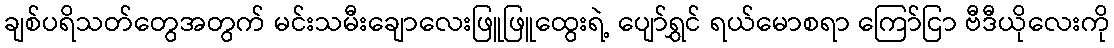
ချစ်ပရိသတ်တွေအတွက် မင်းသမီးချောလေးဖြူဖြူထွေးရဲ့ ပျော်ရွှင် ရယ်မောစရာ ကြော်ငြာ ဗီဒီယိုလေးကို